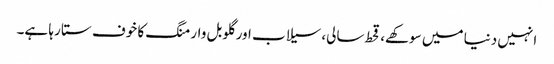
انہیں دنیا میں سوکھے، قحط سالی، سیلاب اور گلوبل وارمنگ کا خوف ستا رہا ہے۔